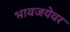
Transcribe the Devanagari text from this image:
भावजयेवर